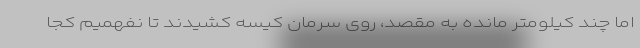
اما چند کیلومتر مانده به مقصد، روی سرمان کیسه کشیدند تا نفهمیم کجا